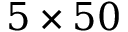
5 \times 5 0